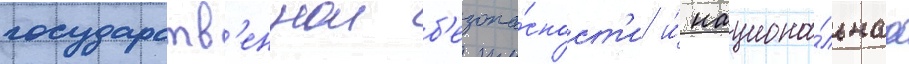
государств'еннои б'езопа́сност'и и́ национа́льнаа